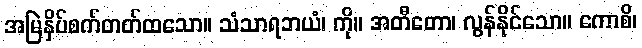
အမြဲနှိပ်စက်တတ်ထသော။ သံသာရဘယံ၊ ကို။ အတီတော၊ လွန်နိုင်သော။ ကောစိ၊